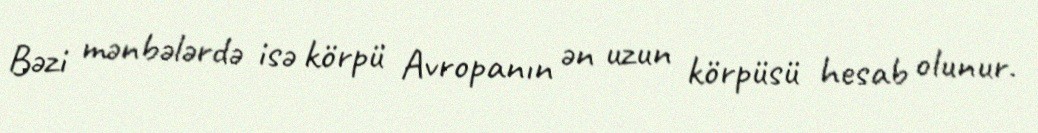
Bəzi mənbələrdə isə körpü Avropanın ən uzun körpüsü hesab olunur.